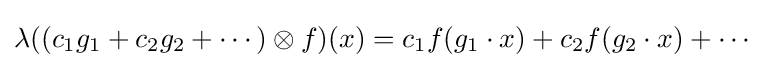
\lambda ((c_{1}g_{1}+c_{2}g_{2}+\cdots )\otimes f)(x)=c_{1}f(g_{1}\cdot x)+c_{2}f(g_{2}\cdot x)+\cdots